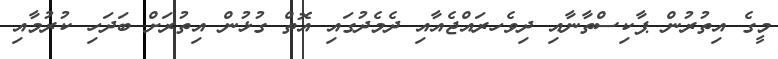
މީގެ އިތުރުން ޕާކިސްތާނާއި ދިވެހރައްޖެއާއި ދެމެދުގައި އޮތް ގުޅުން އިތުރަށް ބަދަހި ކުރުމާއި